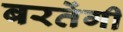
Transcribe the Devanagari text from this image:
बरतेंगी